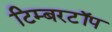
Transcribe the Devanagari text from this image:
टिम्बरटॉप